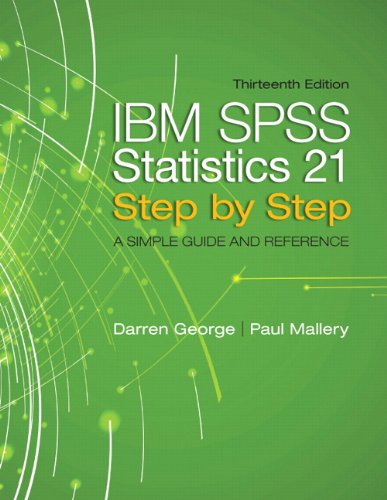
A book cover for IBM SPSS Statistics 21 Step by Step: A Simple Guide and Reference (13th Edition); Darren George; Computers & Technology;